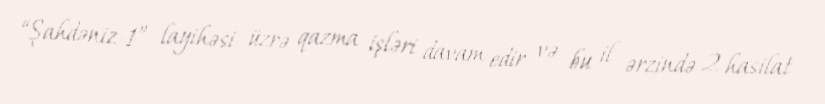
“Şahdəniz-1” layihəsi üzrə qazma işləri davam edir və bu il ərzində 2 hasilat